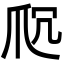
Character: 𬋤